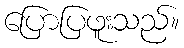
ပြောပြဖူးသည်။